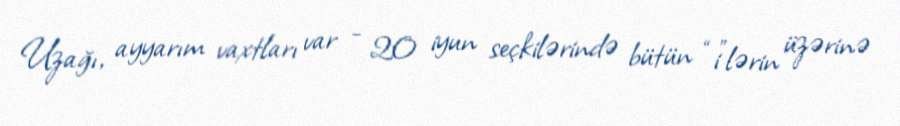
Uzağı, ayyarım vaxtları var - 20 iyun seçkilərində bütün “i”lərin üzərinə